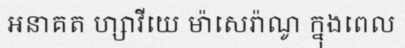
អនាគត ហ្សាវីយេ ម៉ាសេរ៉ាណូ ក្នុងពេល